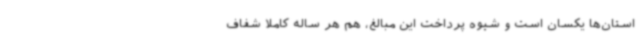
استان‌ها یکسان است و شیوه پرداخت این مبالغ، هم هر ساله کاملاً شفاف